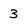
Character: 3